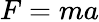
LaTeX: F=ma